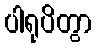
ပါရုပိတွာ